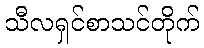
သီလရှင်စာသင်တိုက်